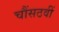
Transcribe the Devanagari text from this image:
चौंसठवीं